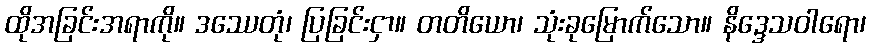
ထိုအခြင်းအရာကို။ ဒဿေတုံ၊ ပြခြင်းငှာ။ တတိယော၊ သုံးခုမြောက်သော။ နိဒ္ဒေသဝါရော၊